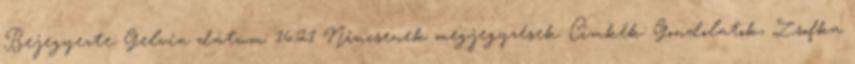
Bejegyezte: Gelvia dátum: 16:21 Nincsenek megjegyzések: Címkék: Gondolatok, Zsofka